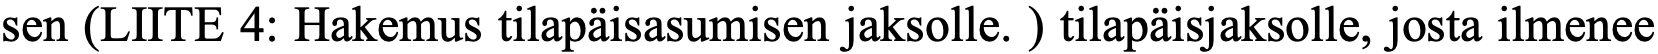
sen (LIITE 4: Hakemus tilapäisasumisen jaksolle. ) tilapäisjaksolle, josta ilmenee